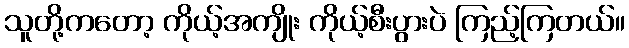
သူတို့ကတော့ ကိုယ့်အကျိုး ကိုယ့်စီးပွားပဲ ကြည့်ကြတယ်။